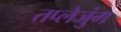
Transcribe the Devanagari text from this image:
तप्लेजुंग